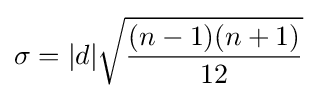
\sigma =|d|{\sqrt {\frac {(n-1)(n+1)}{12}}}